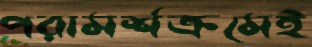
পরামর্শক্রমেই